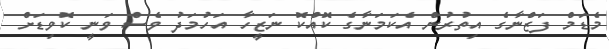
މެޑަމް ފަޒްނާގެ އިތުރުން އެކަމަނާގެ ކޮއްކޮ ނަޒީހާ އަހުމަދު ވެސް ވަނީ ކޮވިޑަށް